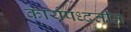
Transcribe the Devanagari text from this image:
कार्यपध्दतीत